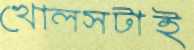
খোলসটাই